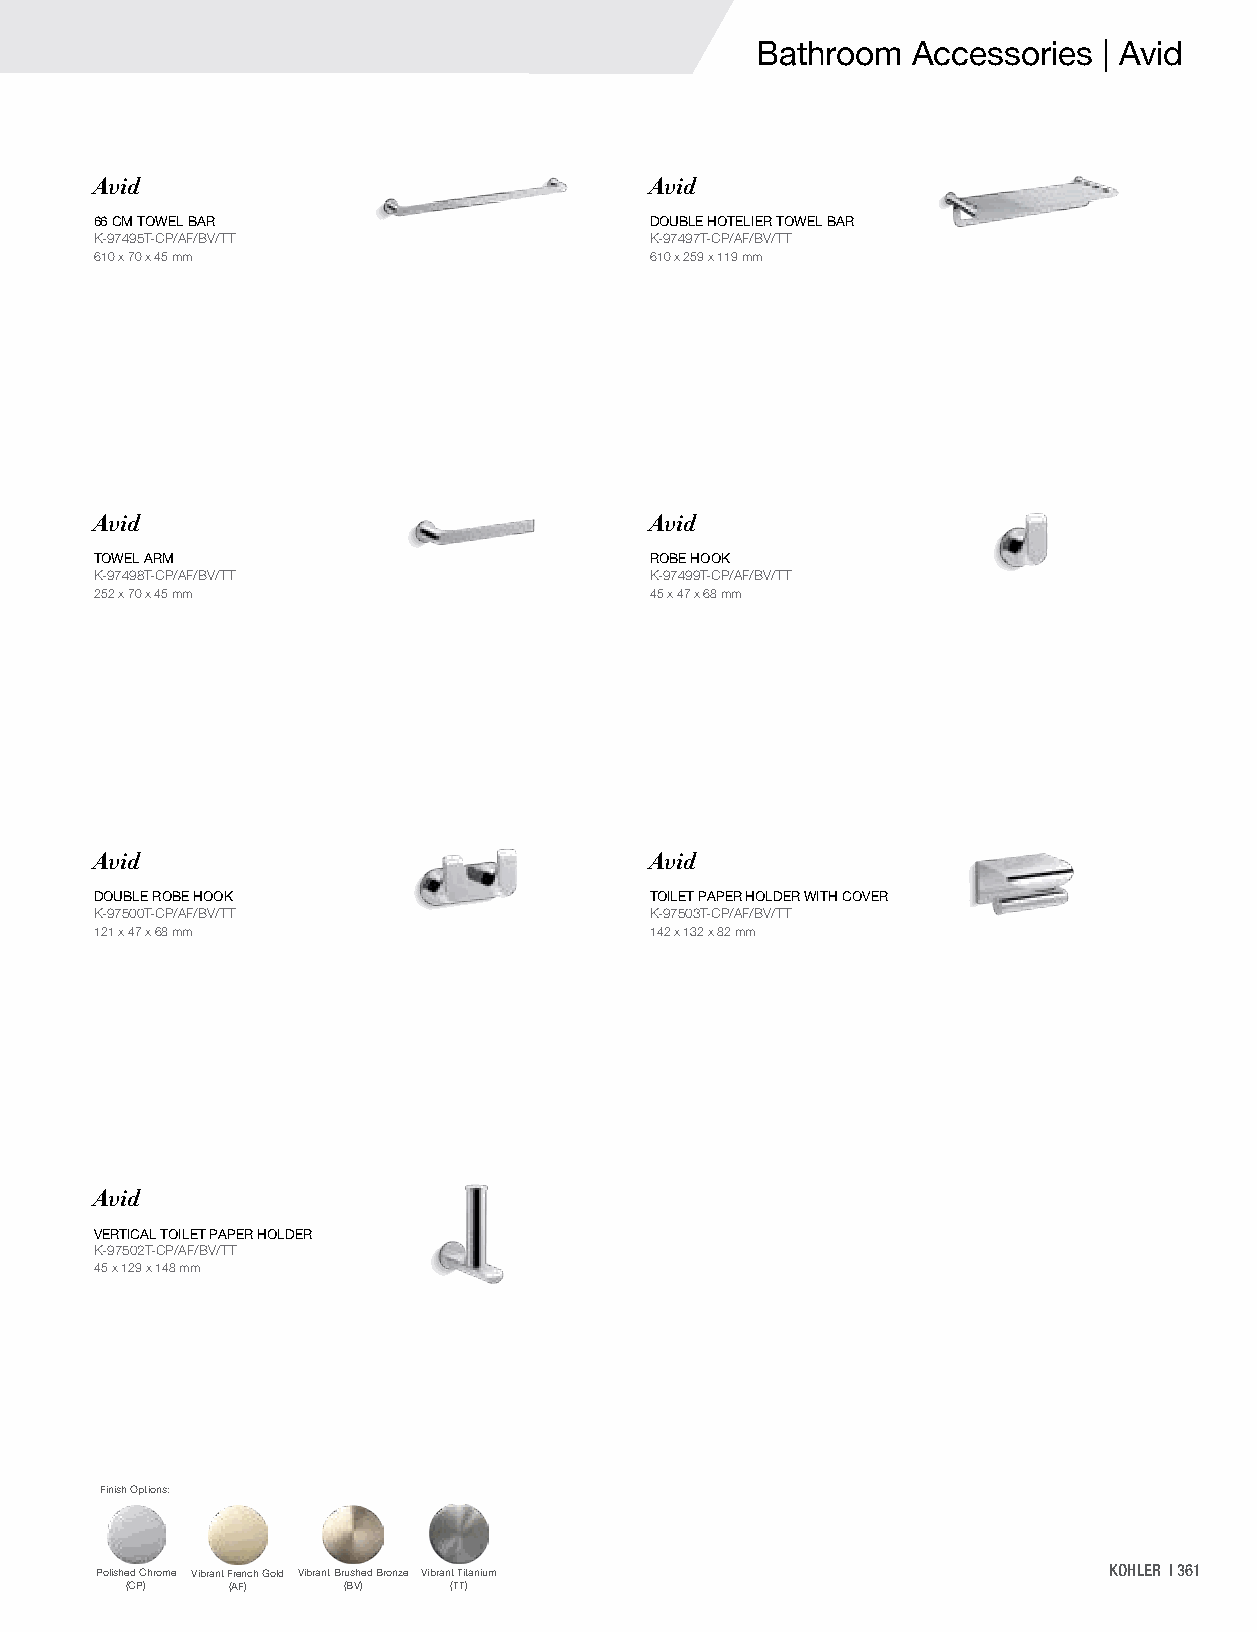
Bathroom  Accessories  | Avid
 Avid                                 Avid
 66 CM TOWEL BAR                      DOUBLE HOTELIER TOWEL BAR
 K-97495T-CP/AF/BV/TT                 K-97497T-CP/AF/BV/TT
 610 x 70 x 45 mm                     610 x 259 x 119 mm
 Avid                                 Avid
 TOWEL ARM                            ROBE HOOK
 K-97498T-CP/AF/BV/TT                 K-97499T-CP/AF/BV/TT
 252 x 70 x 45 mm                     45 x 47 x 68 mm
 Avid                                 Avid
 DOUBLE ROBE HOOK                     TOILET PAPER HOLDER WITH COVER
 K-97500T-CP/AF/BV/TT                 K-97503T-CP/AF/BV/TT
 121 x 47 x 68 mm                     142 x 132 x 82 mm
 Avid
 VERTICAL TOILET PAPER HOLDER
 K-97502T-CP/AF/BV/TT
 45 x 129 x 148 mm
 Finish Options:
 Polished Chrome Vibrant French Gold Vibrant Brushed Bronze Vibrant Titanium KOHLER | 361
 (CP)   (AF)    (BV)   (TT)